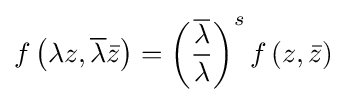
f\left(\lambda z,{\overline {\lambda }}{\bar {z}}\right)=\left({\frac {\overline {\lambda }}{\lambda }}\right)^{s}f\left(z,{\bar {z}}\right)